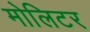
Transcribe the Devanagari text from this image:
मोलिटर